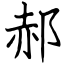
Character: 郝